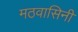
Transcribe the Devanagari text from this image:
मठवासिनी